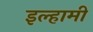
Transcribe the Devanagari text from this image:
इल्हामी